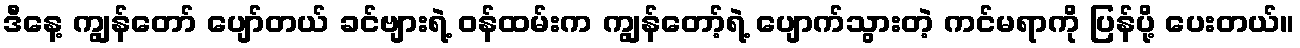
ဒီနေ့ ကျွန်တော် ပျော်တယ် ခင်ဗျားရဲ့ ဝန်ထမ်းက ကျွန်တော့်ရဲ့ ပျောက်သွားတဲ့ ကင်မရာကို ပြန်ပို့ ပေးတယ်။